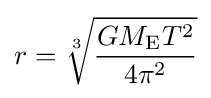
r={\sqrt[{3}]{\frac {GM_{\text{E}}T^{2}}{4\pi ^{2}}}}